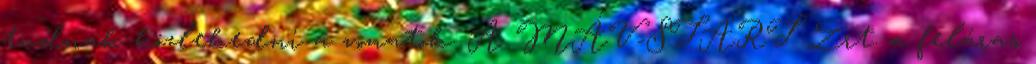
tudnak közlekedni a vonatok. A MÁV-START Zrt. a feláras